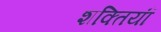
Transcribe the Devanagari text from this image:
शक्तियॉं